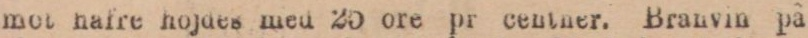
mot hafre hojdes men 25 ore pr centner. Branvin på